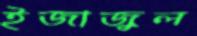
ইজাজুল